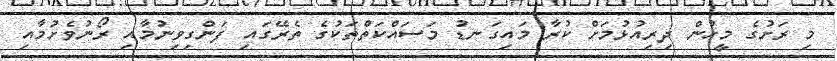
މި ރަށުގެ މީހުން ދިރިއުޅުމަށް ކުރާ މައިގަނޑު މަސައްކަތްތަކުގެ ތެރޭގައި ފަންގިވިނުމާއި ރޯނުވެށުމާއި